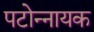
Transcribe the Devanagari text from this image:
पटोन्नायक